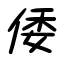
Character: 倭